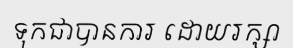
ទុកជាបានការ ដោយរក្សា